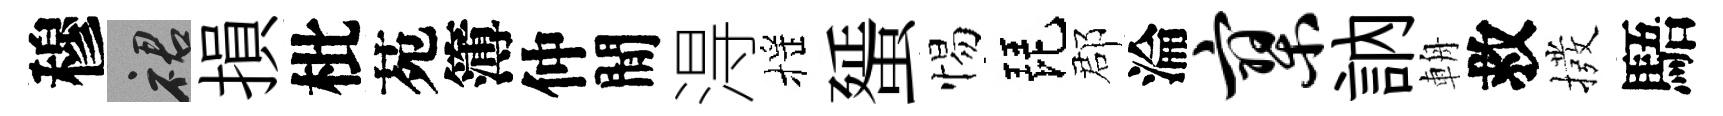
穆裙損枇苑簿仲閒淂摇蜑惕琵郡淪寥訥輈救撥䮏